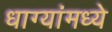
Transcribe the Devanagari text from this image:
धाग्यांमध्ये